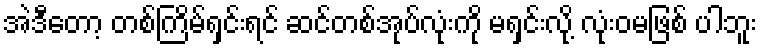
အဲဒီတော့ တစ်ကြိမ်ရှင်းရင် ဆင်တစ်အုပ်လုံးကို မရှင်းလို့ လုံးဝမဖြစ် ပါဘူး